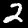
Label: 2